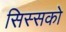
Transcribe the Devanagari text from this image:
सिस्सको